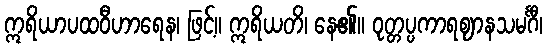
ဣရိယာပထဝီဟာရေန၊ ဖြင့်။ ဣရိယတိ၊ နေ၏။ ဝုတ္တပ္ပကာရဈာနသမင်္ဂီ၊